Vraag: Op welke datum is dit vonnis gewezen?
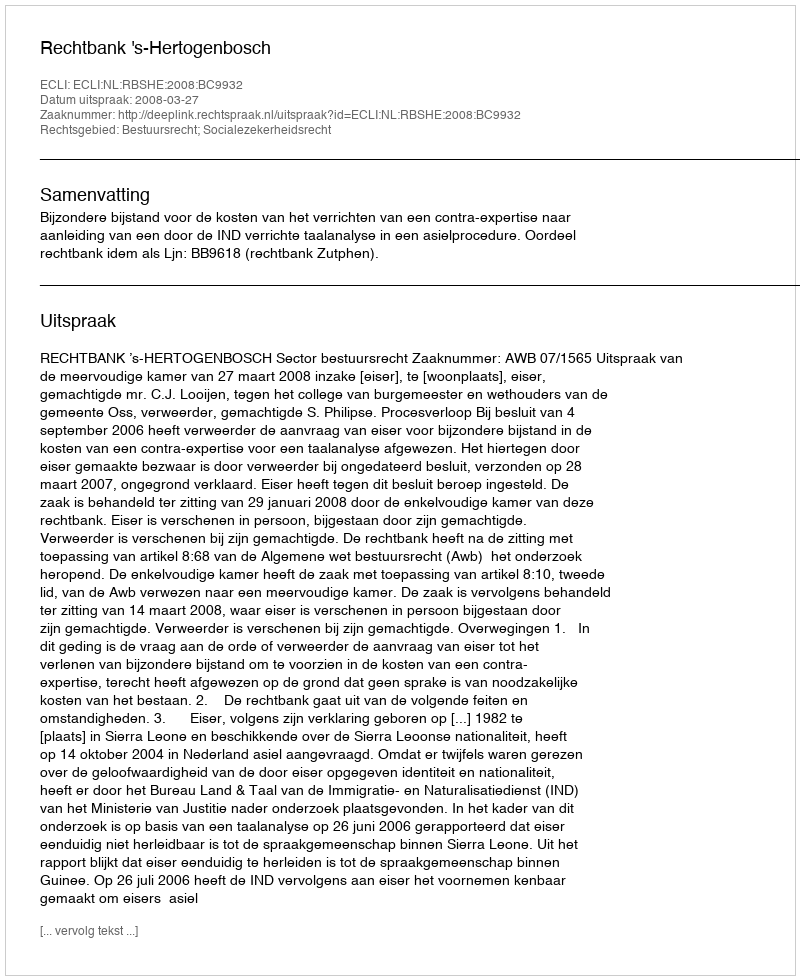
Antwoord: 2008-03-27